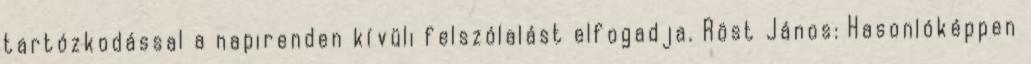
tartózkodással a napirenden kívüli felszólalást elfogadja. Röst János: Hasonlóképpen